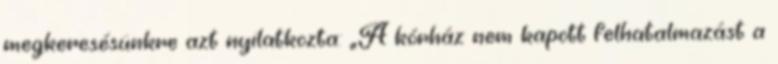
megkeresésünkre azt nyilatkozta: „A kórház nem kapott felhatalmazást a